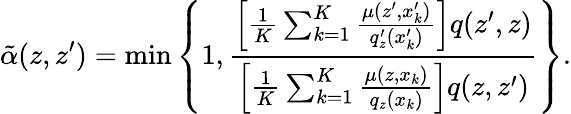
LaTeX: \tilde{\alpha}(z,z^{\prime})=\operatorname*{min}\left\{ 1,\frac{\left[\frac{1}{K}\sum_{k=1}^{K}\frac{\mu(z^{\prime},x_{k}^{\prime})}{q_{z}^{\prime}(x_{k}^{\prime})}\right]q(z^{\prime},z)}{\left[\frac{1}{K}\sum_{k=1}^{K}\frac{\mu(z,x_{k})}{q_{z}(x_{k})}\right]q(z,z^{\prime})}\right\} .